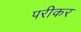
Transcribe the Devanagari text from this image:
परीकर